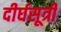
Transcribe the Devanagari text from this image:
दीर्घसूत्री